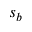
s _ { b }